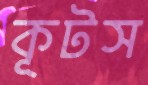
কূটস